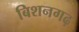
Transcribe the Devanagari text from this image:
बिशनगढ़